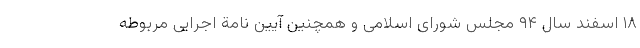
۱۸ اسفند سال ۹۴ مجلس شورای اسلامی و همچنین آیین نامة اجرایی مربوطه